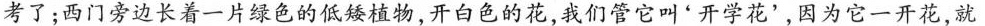
考了；西门旁边长着一片绿色的低矮植物，开白色的花，我们管它叫'开学花'，因为它一开花，就